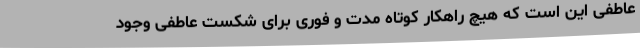
عاطفی این است که هیچ راهکار کوتاه مدت و فوری برای شکست عاطفی وجود